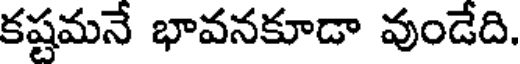
కష్టమనే భావనకూడా వుండేది.